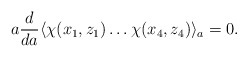
\begin{align*}a \frac{d}{da} \langle \chi(x_1,z_1) \ldots \chi(x_4,z_4) \rangle_{a} =0.\end{align*}